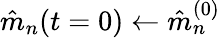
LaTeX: \hat{m}_{n}(t=0)\gets\hat{m}_{n}^{(0)}